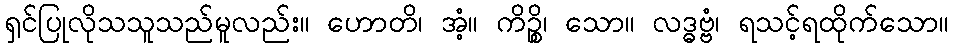
ရှင်ပြုလိုသသူသည်မူလည်း။ ဟောတိ၊ အံ့။ ကိဉ္စိ၊ သော။ လဒ္ဓဗ္ဗံ၊ ရသင့်ရထိုက်သော။